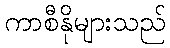
ကာစီနိုများသည်